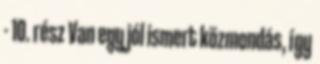
- 10. rész Van egy jól ismert közmondás, így